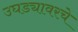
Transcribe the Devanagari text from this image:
उघड्यावरचे